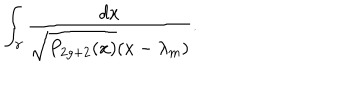
\int _ { \gamma } { \frac { d x } { \sqrt { P _ { 2 g + 2 } ( x ) } ( x - \lambda _ { m } ) } } .